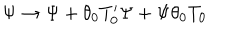
LaTeX: \Psi \rightarrow \Psi + \theta _ { 0 } T _ { 0 } ^ { \prime } \Psi + \Psi \theta _ { 0 } T _ { 0 }